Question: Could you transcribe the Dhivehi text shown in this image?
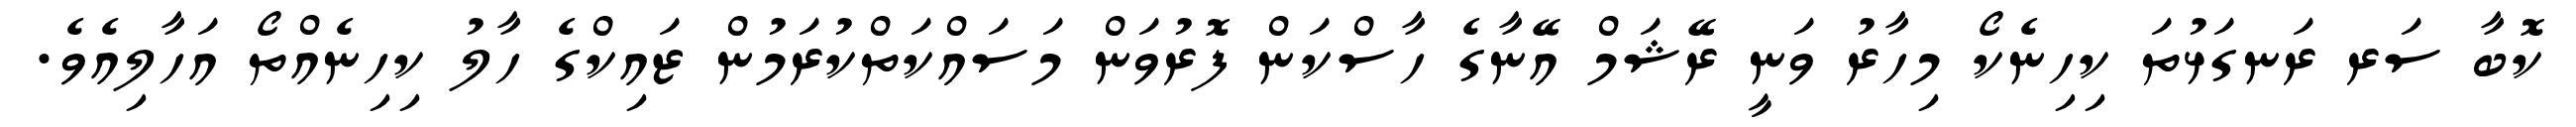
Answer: ކޮބާ ސަރ ރަނގަޅުތަ ކިހިނެކޯ މިހާރު ވަނީ ރޭޝަމް އޭނާގެ ހާސްކަން ފޮރުވަން މަސައްކަތްކުރަމުން ޒައިކްގެ ހާލު ކިހިނެއްތޯ އަހާލިއެވެ.